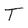
Character: T